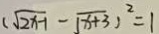
( \sqrt { 2 x - 1 } - \sqrt { x + 3 } ) ^ { 2 } = 1